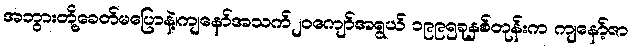
အဘွားတို့ခေတ်မပြောနဲ့၊ကျနော်အသက်၂၀ကျော်အရွယ် ၁၉၉၅ခုနှစ်တုန်းက ကျနော့်ဇာ